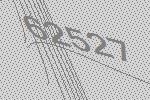
62527